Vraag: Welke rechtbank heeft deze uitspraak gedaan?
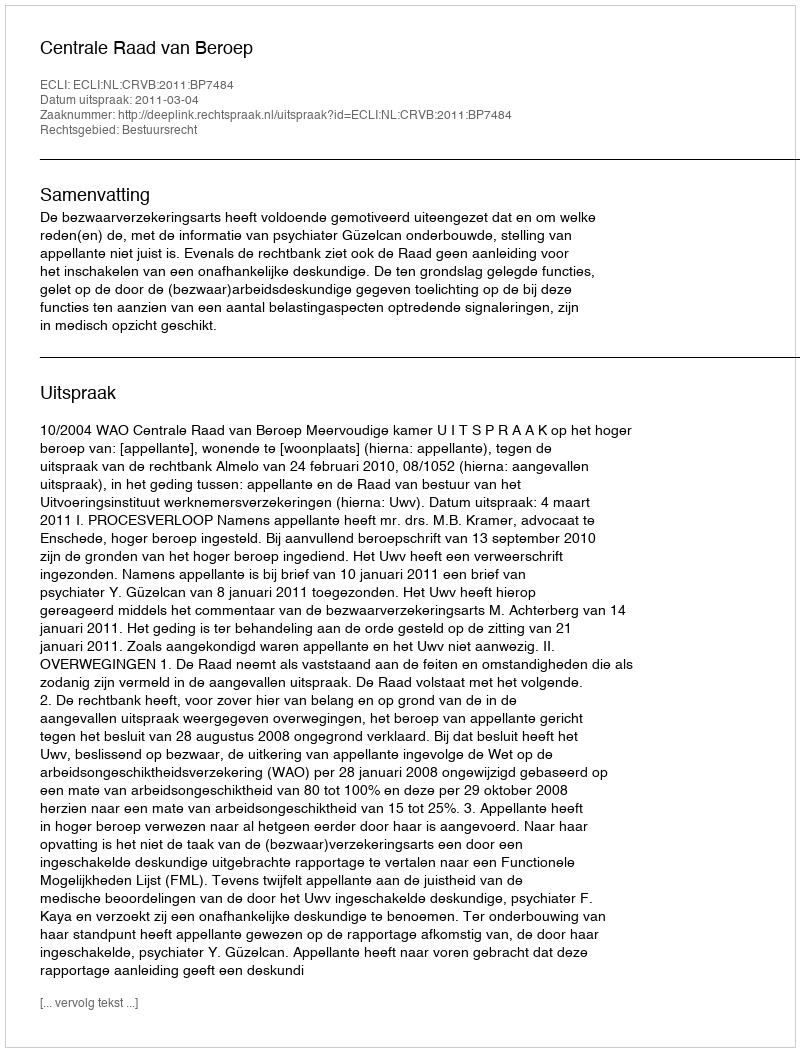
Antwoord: Centrale Raad van Beroep